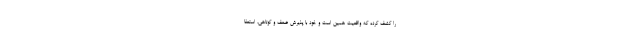
را كشف كرده كه واقعیت همین است و خود با پذیرش ضعف و كوتاهى، استعفا